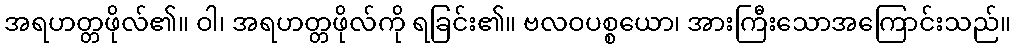
အရဟတ္တဖိုလ်၏။ ဝါ၊ အရဟတ္တဖိုလ်ကို ရခြင်း၏။ ဗလဝပစ္စယော၊ အားကြီးသောအကြောင်းသည်။